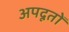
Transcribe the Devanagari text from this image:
अपदूतों